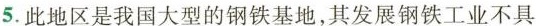
5.此地区是我国大型的钢铁基地，其发展钢铁工业不具